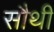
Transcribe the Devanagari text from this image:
सौथी